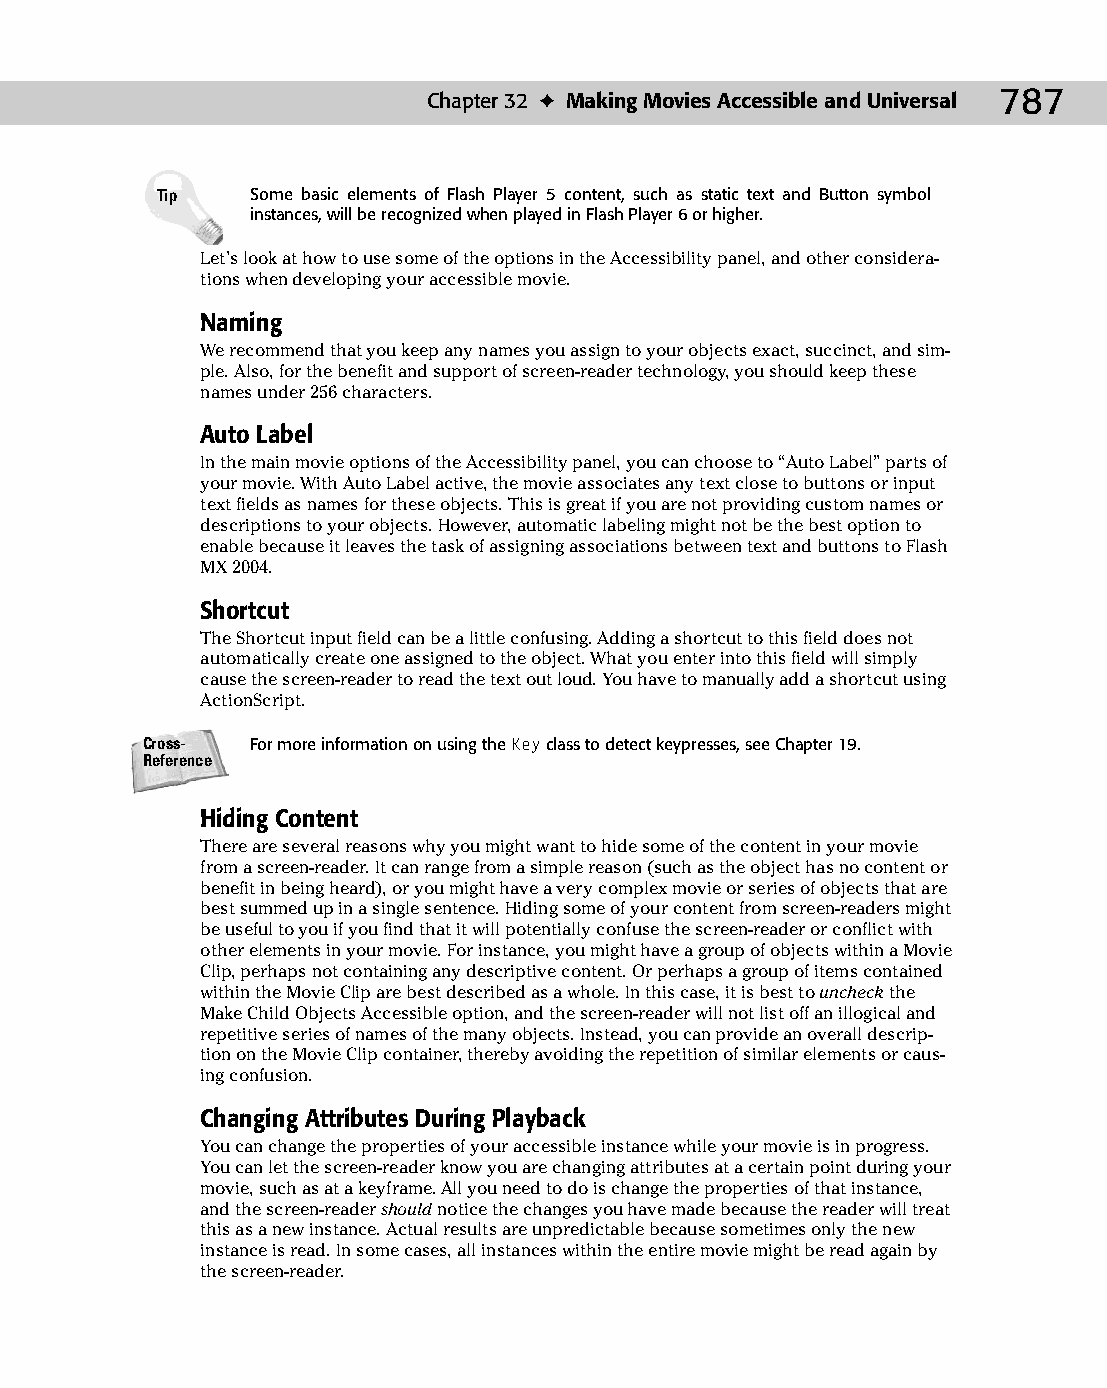
42 543547 ch32.qxd 3/24/04 4:16 PM Page 787
 Chapter 32 ✦ Making Movies Accessible and Universal 787
 Tip    Some basic elements of Flash Player 5 content, such as static text and Button symbol
 instances, will be recognized when played in Flash Player 6 or higher.
 Let’s look at how to use some of the options in the Accessibility panel, and other considera­
 tions when developing your accessible movie.
 Naming
 We recommend that you keep any names you assign to your objects exact, succinct, and sim­
 ple. Also, for the benefit and support of screen-reader technology, you should keep these
 names under 256 characters.
 Auto Label
 In the main movie options of the Accessibility panel, you can choose to “Auto Label” parts of
 your movie. With Auto Label active, the movie associates any text close to buttons or input
 text fields as names for these objects. This is great if you are not providing custom names or
 descriptions to your objects. However, automatic labeling might not be the best option to
 enable because it leaves the task of assigning associations between text and buttons to Flash
 MX 2004.
 Shortcut
 The Shortcut input field can be a little confusing. Adding a shortcut to this field does not
 automatically create one assigned to the object. What you enter into this field will simply
 cause the screen-reader to read the text out loud. You have to manually add a shortcut using
 ActionScript.
 Cross-  For more information on using the Key class to detect keypresses, see Chapter 19.
 Reference
 Hiding Content
 There are several reasons why you might want to hide some of the content in your movie
 from a screen-reader. It can range from a simple reason (such as the object has no content or
 benefit in being heard), or you might have a very complex movie or series of objects that are
 best summed up in a single sentence. Hiding some of your content from screen-readers might
 be useful to you if you find that it will potentially confuse the screen-reader or conflict with
 other elements in your movie. For instance, you might have a group of objects within a Movie
 Clip, perhaps not containing any descriptive content. Or perhaps a group of items contained
 within the Movie Clip are best described as a whole. In this case, it is best to uncheck the
 Make Child Objects Accessible option, and the screen-reader will not list off an illogical and
 repetitive series of names of the many objects. Instead, you can provide an overall descrip­
 tion on the Movie Clip container, thereby avoiding the repetition of similar elements or caus­
 ing confusion.
 Changing Attributes During Playback
 You can change the properties of your accessible instance while your movie is in progress.
 You can let the screen-reader know you are changing attributes at a certain point during your
 movie, such as at a keyframe. All you need to do is change the properties of that instance,
 and the screen-reader should notice the changes you have made because the reader will treat
 this as a new instance. Actual results are unpredictable because sometimes only the new
 instance is read. In some cases, all instances within the entire movie might be read again by
 the screen-reader.